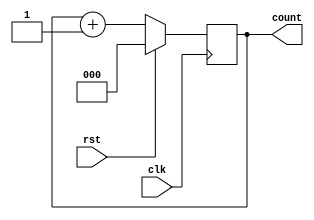
module counter_behav(count,rst,clk);
	input rst,clk;
	output reg [2:0] count;
	always@(posedge clk)  //code executed for every positive edge
	if(rst)
		count<=3'b000;
	else
		count<=count+1; //clock pulse count incremented
endmodule

module test_mod;
	reg r,c;
	wire [2:0] ct;
	counter_behav countbeh(ct,r,c);
	initial
	begin
		$dumpfile("program10.vcd");
		$dumpvars(0,test_mod);
	r=1;				//for first 100ns reset r has value 1, clock c has value 0
	c=0;
	#100;				//for next 200ns reset r has value 0, clock c
	r=0;
	#200 $finish;
	end
	always #5 c=~c;
endmodule